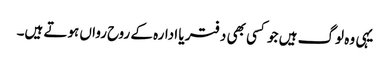
یہی وہ لوگ ہیں جو کسی بھی دفتر یا ادارہ کے روح رواں ہوتے ہیں۔